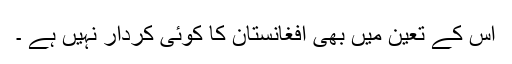
اس کے تعین میں بھی افغانستان کا کوئی کردار نہیں ہے ۔